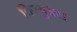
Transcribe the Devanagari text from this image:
विज्युअल